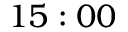
1 5 : 0 0